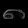
Digit: ၈